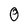
Character: O